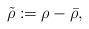
LaTeX: \begin{align*}\tilde{\rho}:=\rho-\bar{\rho},\end{align*}